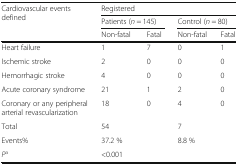
| <ROWSPAN=3> Cardiovascular events defined | <COLSPAN=4> Registered |
 | <COLSPAN=2> Patients (n = 145) | <COLSPAN=2> Control (n = 80) |
 | Non-fatal | Fatal | Non-fatal | Fatal |
 | --- | --- | --- | --- | --- |
 | Heart failure | 1 | 7 | 0 | 1 |
 | Ischemic stroke | 2 | 0 | 0 | 0 |
 | Hemorrhagic stroke | 4 | 0 | 0 | 0 |
 | Acute coronary syndrome | 21 | 1 | 2 | 0 |
 | Coronary or any peripheral arterial revascularization | 18 | 0 | 4 | 0 |
 | Total | <COLSPAN=2> 54 | <COLSPAN=2> 7 |
 | Events% | <COLSPAN=2> 37.2 % | <COLSPAN=2> 8.8 % |
 | Pa | <COLSPAN=4> <0.001 |